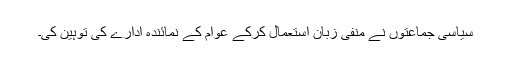
سیاسی جماعتوں نے منفی زبان استعمال کرکے عوام کے نمائندہ ادارے کی توہین کی۔